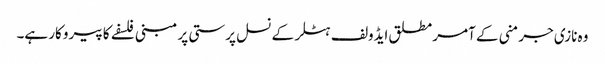
وہ نازی جرمنی کے آمر مطلق ایڈولف ہٹلر کے نسل پرستی پر مبنی فلسفے کا پیروکار ہے۔